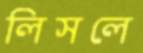
লিসলে